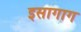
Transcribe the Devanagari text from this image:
इसागाग